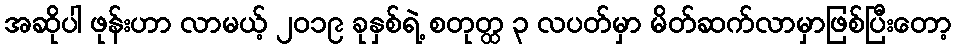
အဆိုပါ ဖုန်းဟာ လာမယ့် ၂၀၁၉ ခုနှစ်ရဲ့ စတုတ္ထ ၃ လပတ်မှာ မိတ်ဆက်လာမှာဖြစ်ပြီးတော့